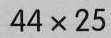
$$4 4 \times 2 5$$